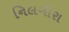
નિલગીરા